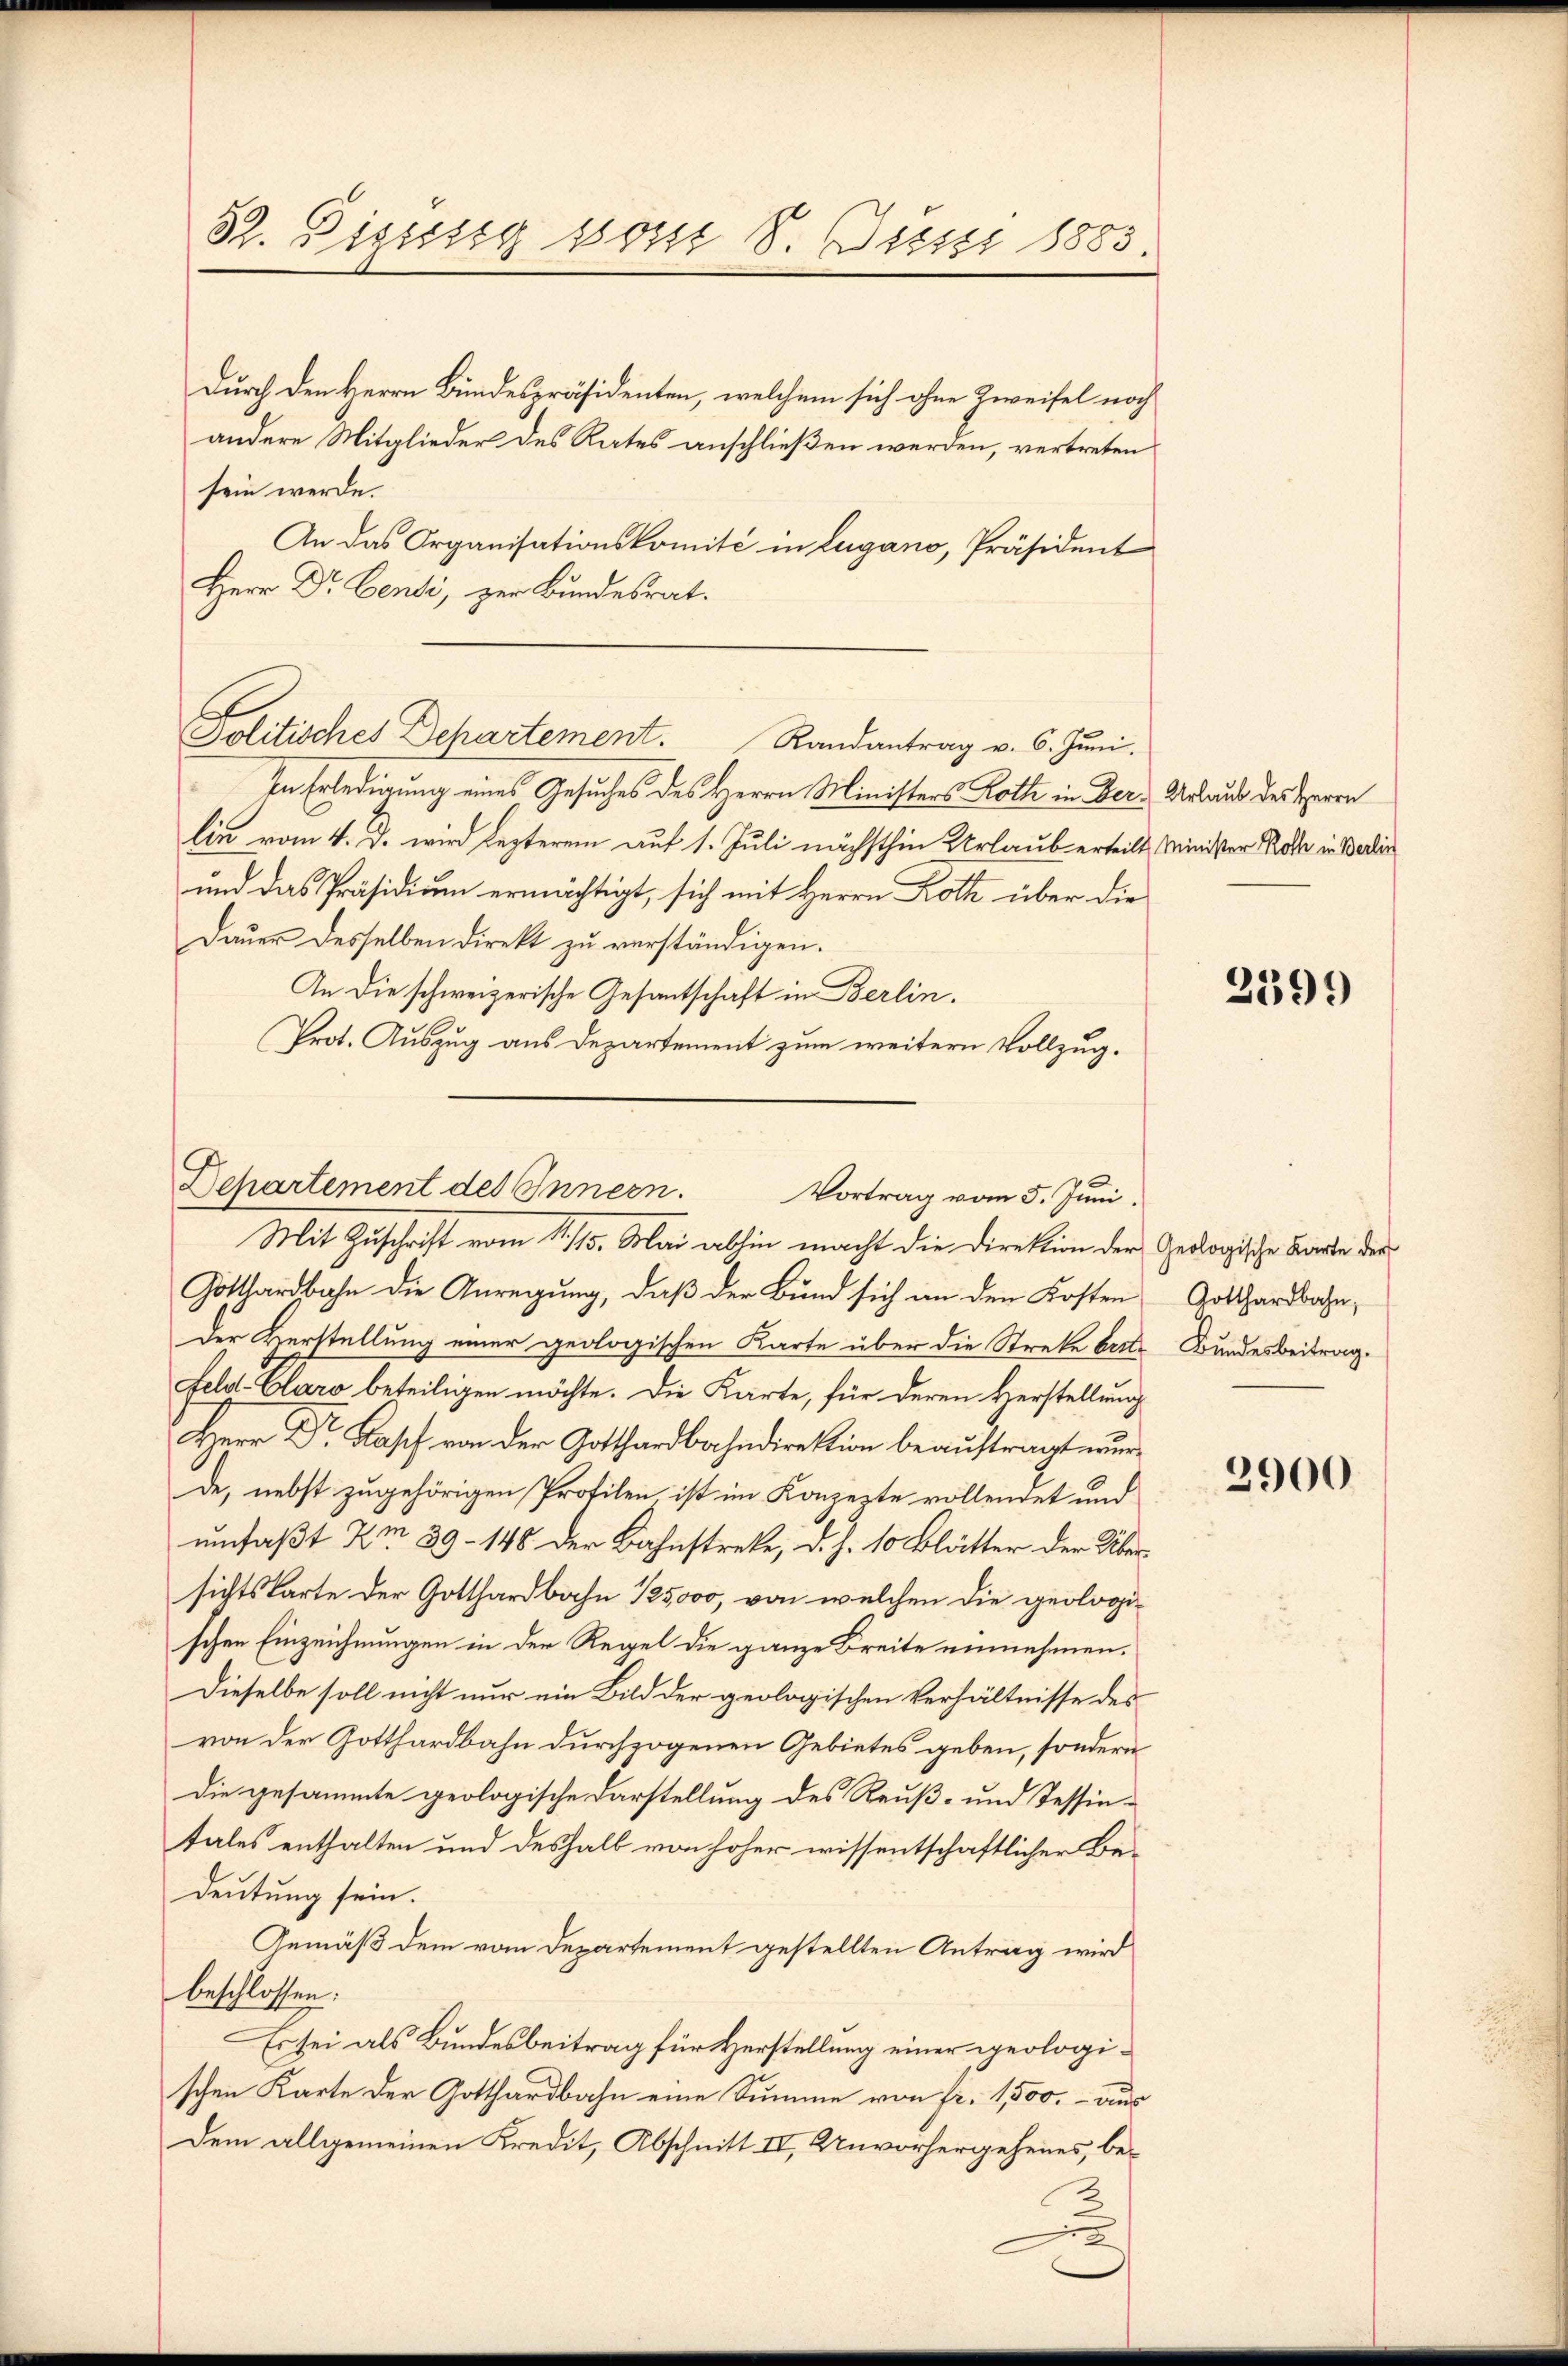
32. Dissesig sonst 8. Justi 1883.

Durch den Herrn Bundespräsidenten, welchem sich ohne Zweifel noch
andere Mitglieder des Rates anschließen werden, vertreten
sein werde.
An das Organisationskomité in Lugano, Präsident
Herr Dr. Centi, zur Bundesrat.

Politisches Departement. Randantrag v. 6. Jŭni.

In Erledigung eines Gesuches des Herrn Ministers Roth in Verlin vom 4. d. wird lezterem auf 1. Juli nächsthin Urlaub erteilt, Minister Rote in Berlin
und das Präsidium ermächtigt, sich mit Herrn Loth über die
Dauer desselben direkt zu verständigen.
In die schweizerische Gesantschaft in Berlin.
Prot. Auszug aus Departement zum weitern Vollzug¬

Departement des Innern.
Vortrag vom 5. Juni.

Mit Zuschrift vom 11./13. Mai abhin macht die Direktion der Geologische Karte der
Gotthardbahn die Anregung, daß der Bund sich an den Kosten Gotthardbahn¬
Der Verstellung einer geologischen Karte über die Streke beit. Bundesbeitrag.
Feld. Claro beteiligen möchte. Die Karte, für deren Herstellung
Herr Dr. Kopf von der Gotthardbahndirektion beauftragt wurde, nebst zugehörigen Profilen, ist im Konzepte vollendet und
umfaßt um 39 – 148 der Bahnstreke, d. h. 10 Blätter der Übersichtskarte der Gotthardbahn 125000, von welchen die geologischen Einzeichnungen in der Regel die ganze Breite einnehmen.
Dieselbe soll nicht nur ein Bild der geologischen Verhältnisse des
von der Gotthardbahn durchzogenen Gebietes geben, sondern
die gesammte geologische Darstellung des Reuß- und Tessin-
tales enthalten und deshalb von hoher wissentschaftlicher Bedeutung sein.
Gemäß dem vom Departement gestellten Antrag wird
beschlossen:
Es sei als Bundesbeitrag für Verstellung einer geologischen Karte der Gotthardbahn eine Summe von fr. 1500.- aus
Dem allgemeinen Kredit, Abschnitt II, Unvorhergehenes, be¬

Urlaub des Herrn

2399

2900